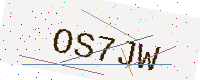
Text: OS7JW